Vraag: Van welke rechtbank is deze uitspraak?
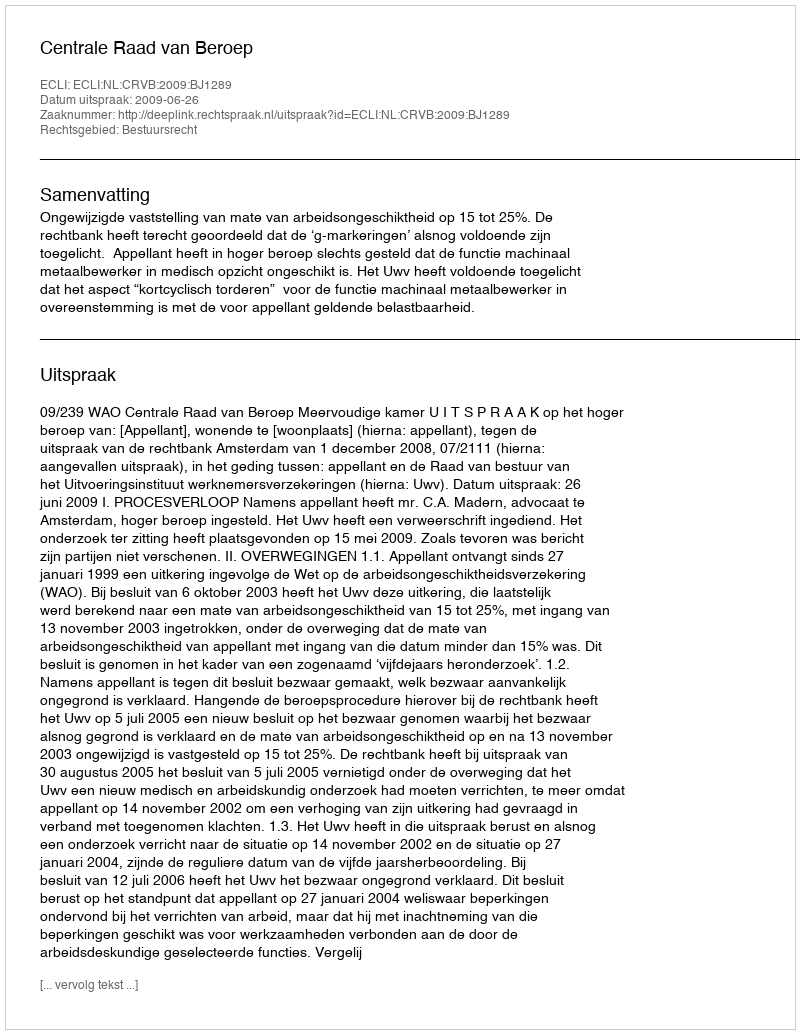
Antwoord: Centrale Raad van Beroep